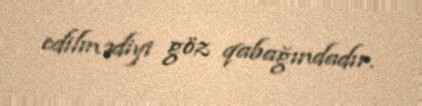
edilmədiyi göz qabağındadır.